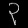
Digit: ၃